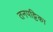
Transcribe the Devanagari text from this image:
तनपट्टिका